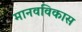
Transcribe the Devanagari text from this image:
मानवविकास